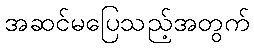
အဆင်မပြေသည့်အတွက်